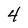
Character: 4